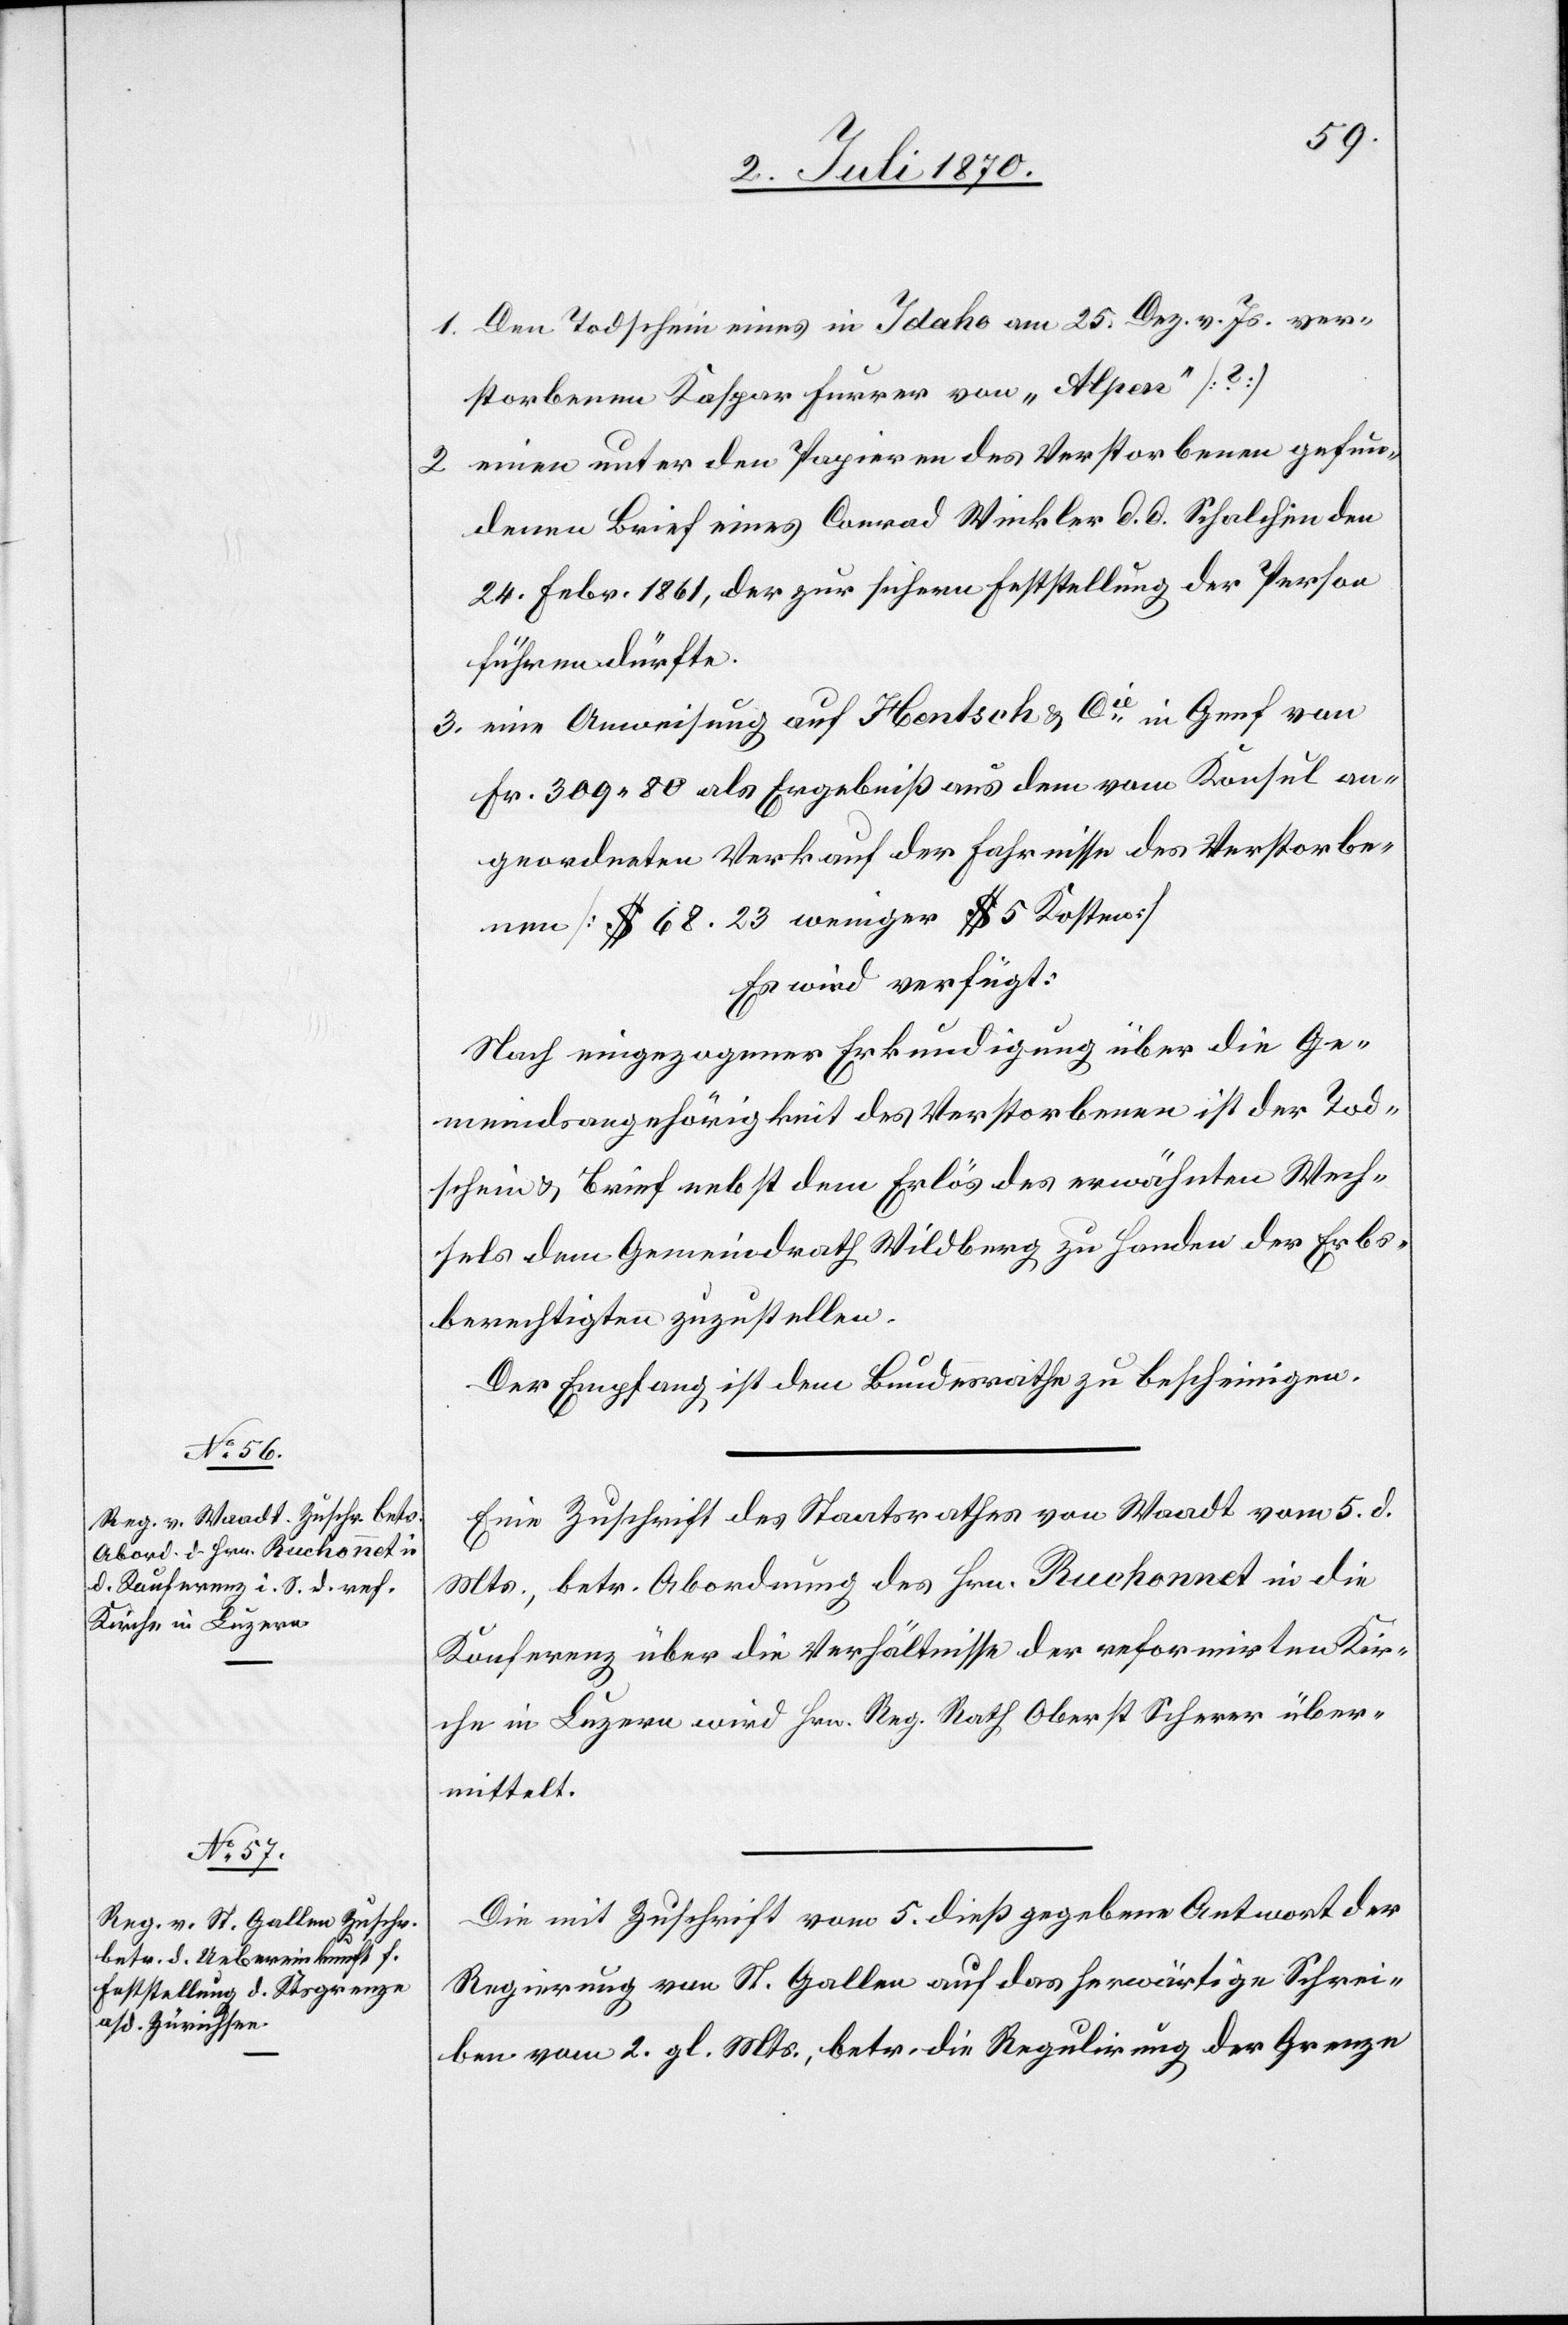
7. Juli 1870.]
1. Den Todschein eines in Idaho am 25. Dez. v. Js. ver¬
storbenen Kaspar Furrer von „Alpen“ [?]
2. einen unter den Papieren des Verstorbenen gefun¬
denen Brief eines Conrad Winkler d. d. Schalchen den
24. Febr. 1861, der zur sichern Feststellung der Person
führen dürfte.
3. eine Anweisung auf Hentsch & Cie in Genf von
Fr. 309.80 als Ergebniß aus dem vom Konsul an¬
geordneten Verkauf der Fahrnisse des Verstorbe¬
nen [$ 68.23 weniger $ 5 Kosten]
Es wird verfügt:
Nach eingezogener Erkundigung über die Ge¬
meindsangehörigkeit des Verstorbenen ist der Tod¬
schein & Brief nebst dem Erlös des erwähnten Wech¬
sels dem Gemeindrath Wildberg zu Handen der Erbs¬
berechtigten zuzustellen.
Der Empfang ist dem Bundesrathe zu bescheinigen.
Eine Zuschrift des Staatsrathes von Waadt vom 5. d.
Mts., betr. Abordnung des Hrn. Ruchonnet in die
Konferenz über die Verhältnisse der reformirten Kir¬
che in Luzern wird Hrn. Reg. Rath. Oberst Scherer über¬
mittelt.
Die mit Zuschrift vom 5. dieß gegebene Antwort der
Regierung von St. Gallen auf das herwärtige Schrei¬
ben vom 2. gl. Mts., betr. die Regulirung der Grenze